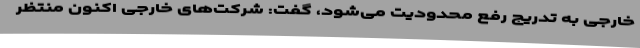
خارجی به تدریج رفع محدودیت می‌شود، گفت: شرکت‌های خارجی اکنون منتظر